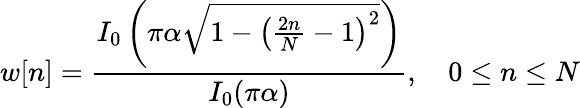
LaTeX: w[n]={\frac{I_{0}\left(\pi\alpha{\sqrt{1-\left({\frac{2n}{N}}-1\right)^{2}}}\right)}{I_{0}(\pi\alpha)}},\quad 0\leq n\leq N